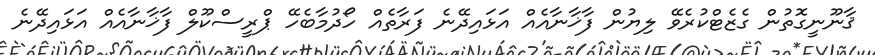
ޤާނޫނީގޮތުން ގެޒެޓްކުރެވޭ ލިޔުން ފާޚާނާއެއް އަޅައިދޭނެ ފަރާތެއް ހޯދުމާބެހޭ ޕްރީސްކޫލް ފާޚާނާއެއް އަޅައިދޭނެ